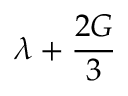
\lambda + { \frac { 2 G } { 3 } }